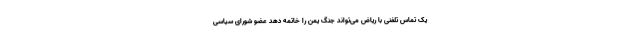
یک تماس تلفنی با ریاض می‌تواند جنگ یمن را خاتمه دهد عضو شورای سیاسی